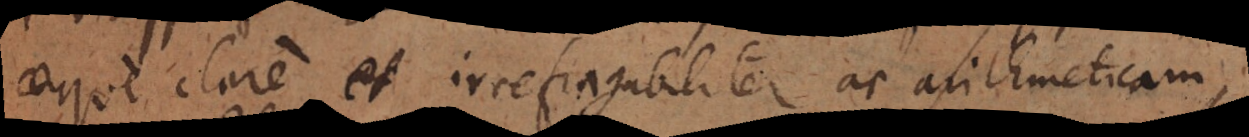
aeque clare et irrefragabiliter ac arithmeticam,